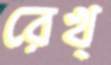
রেখ্